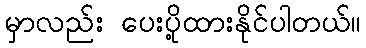
မှာလည်း ပေးပို့ထားနိုင်ပါတယ်။